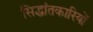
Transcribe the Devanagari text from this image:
सिद्धांतकारियों